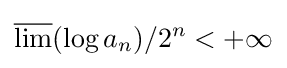
{\overline {\lim }}(\log a_{n})/2^{n}<+\infty